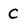
Character: C